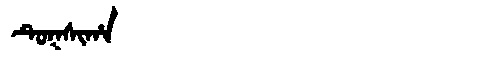
Manchu: ᡨᡠᡴᠰᡳᡥᠠ
Romanization: TUKSIHA